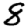
Digit: 8